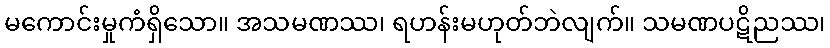
မကောင်းမှုကံရှိသော။ အသမဏဿ၊ ရဟန်းမဟုတ်ဘဲလျက်။ သမဏပဋိညဿ၊